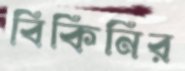
বিকিনির